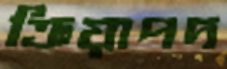
ক্রিয়াপদ